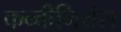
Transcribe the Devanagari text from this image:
कन्वीनियंस